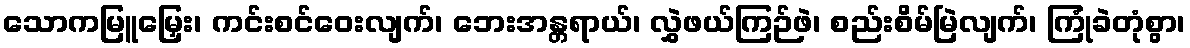
သောကမြူမြှေး၊ ကင်းစင်ဝေးလျက်၊ ဘေးအန္တရာယ်၊ လွှဲဖယ်ကြဉ်ဖဲ၊ စည်းစိမ်မြဲလျက်၊ ကြုံခဲတုံစွာ၊